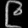
Digit: ၉